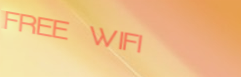
FREE WIFI